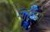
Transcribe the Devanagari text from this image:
साष्टीच्या